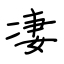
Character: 凄